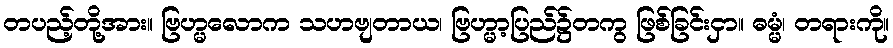
တပည့်တို့အား။ ဗြဟ္မလောက သဟဗျတာယ၊ ဗြဟ္မာ့ပြည်၌တကွ ဖြစ်ခြင်းငှာ။ ဓမ္မံ၊ တရားကို။